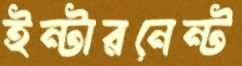
ইন্টারনেন্ট